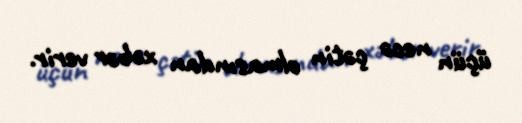
üçün necə çətin olmasından xəbər verir.